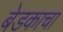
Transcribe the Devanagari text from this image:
बेडकाचा